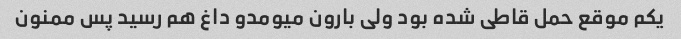
یکم موقع حمل قاطی شده بود ولی بارون میومدو داغ هم رسید پس ممنون